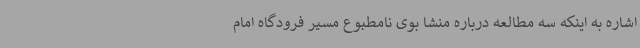
اشاره به اینکه سه مطالعه درباره منشا بوی نامطبوع مسیر فرودگاه امام